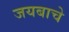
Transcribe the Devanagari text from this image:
जयबाचे